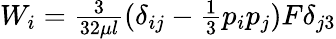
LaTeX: \begin{array}{r}{W_{i}=\frac{3}{32\mu l}(\delta_{ij}-\frac{1}{3}p_{i}p_{j})F\delta_{j3}}\end{array}